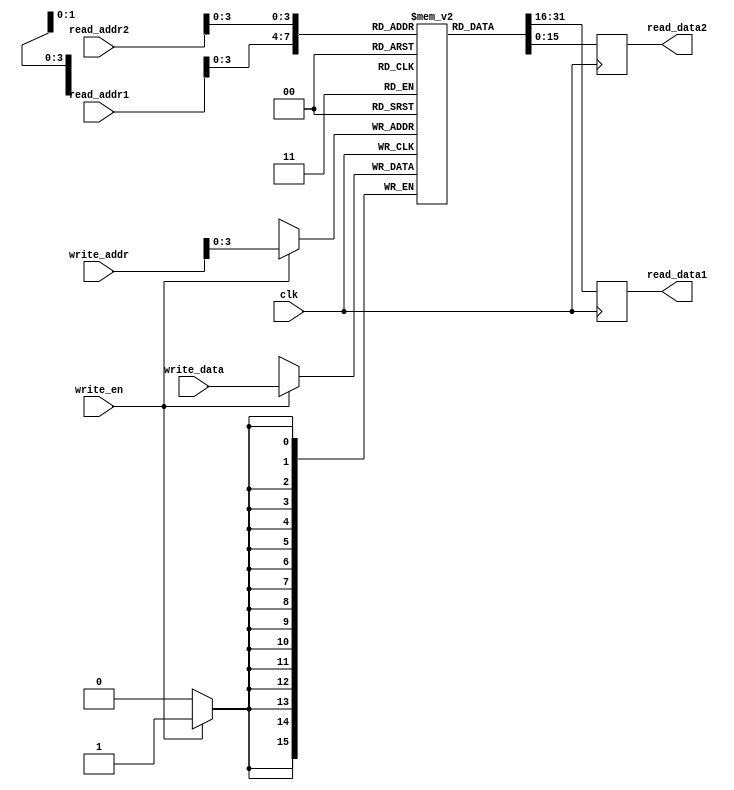
module dual_port_regfile (
    input wire clk,
    input wire [addr_width-1:0] read_addr1,
    input wire [addr_width-1:0] read_addr2,
    input wire [addr_width-1:0] write_addr,
    input wire [data_width-1:0] write_data,
    input wire write_en,
    output reg [data_width-1:0] read_data1,
    output reg [data_width-1:0] read_data2
);

parameter addr_width = 8; // Address width for memory blocks
parameter data_width = 16; // Data width for memory blocks
parameter num_blocks = 16; // Number of memory blocks in register file

reg [data_width-1:0] regfile [num_blocks-1:0];

// Read operation
always @ (posedge clk) begin
    read_data1 <= regfile[read_addr1];
    read_data2 <= regfile[read_addr2];
end

// Write operation
always @ (posedge clk) begin
    if (write_en) begin
        regfile[write_addr] <= write_data;
    end
end

endmodule